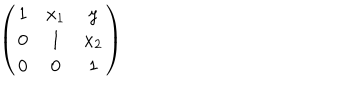
\left( \begin{array} { c c c } { { 1 } } & { { x _ { 1 } } } & { { y } } \\ { { 0 } } & { { 1 } } & { { x _ { 2 } } } \\ { { 0 } } & { { 0 } } & { { 1 } } \\ \end{array} \right)